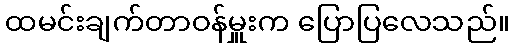
ထမင်းချက်တာဝန်မှူးက ပြောပြလေသည်။